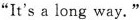
"It's a long way."